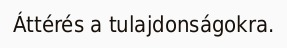
Áttérés a tulajdonságokra.